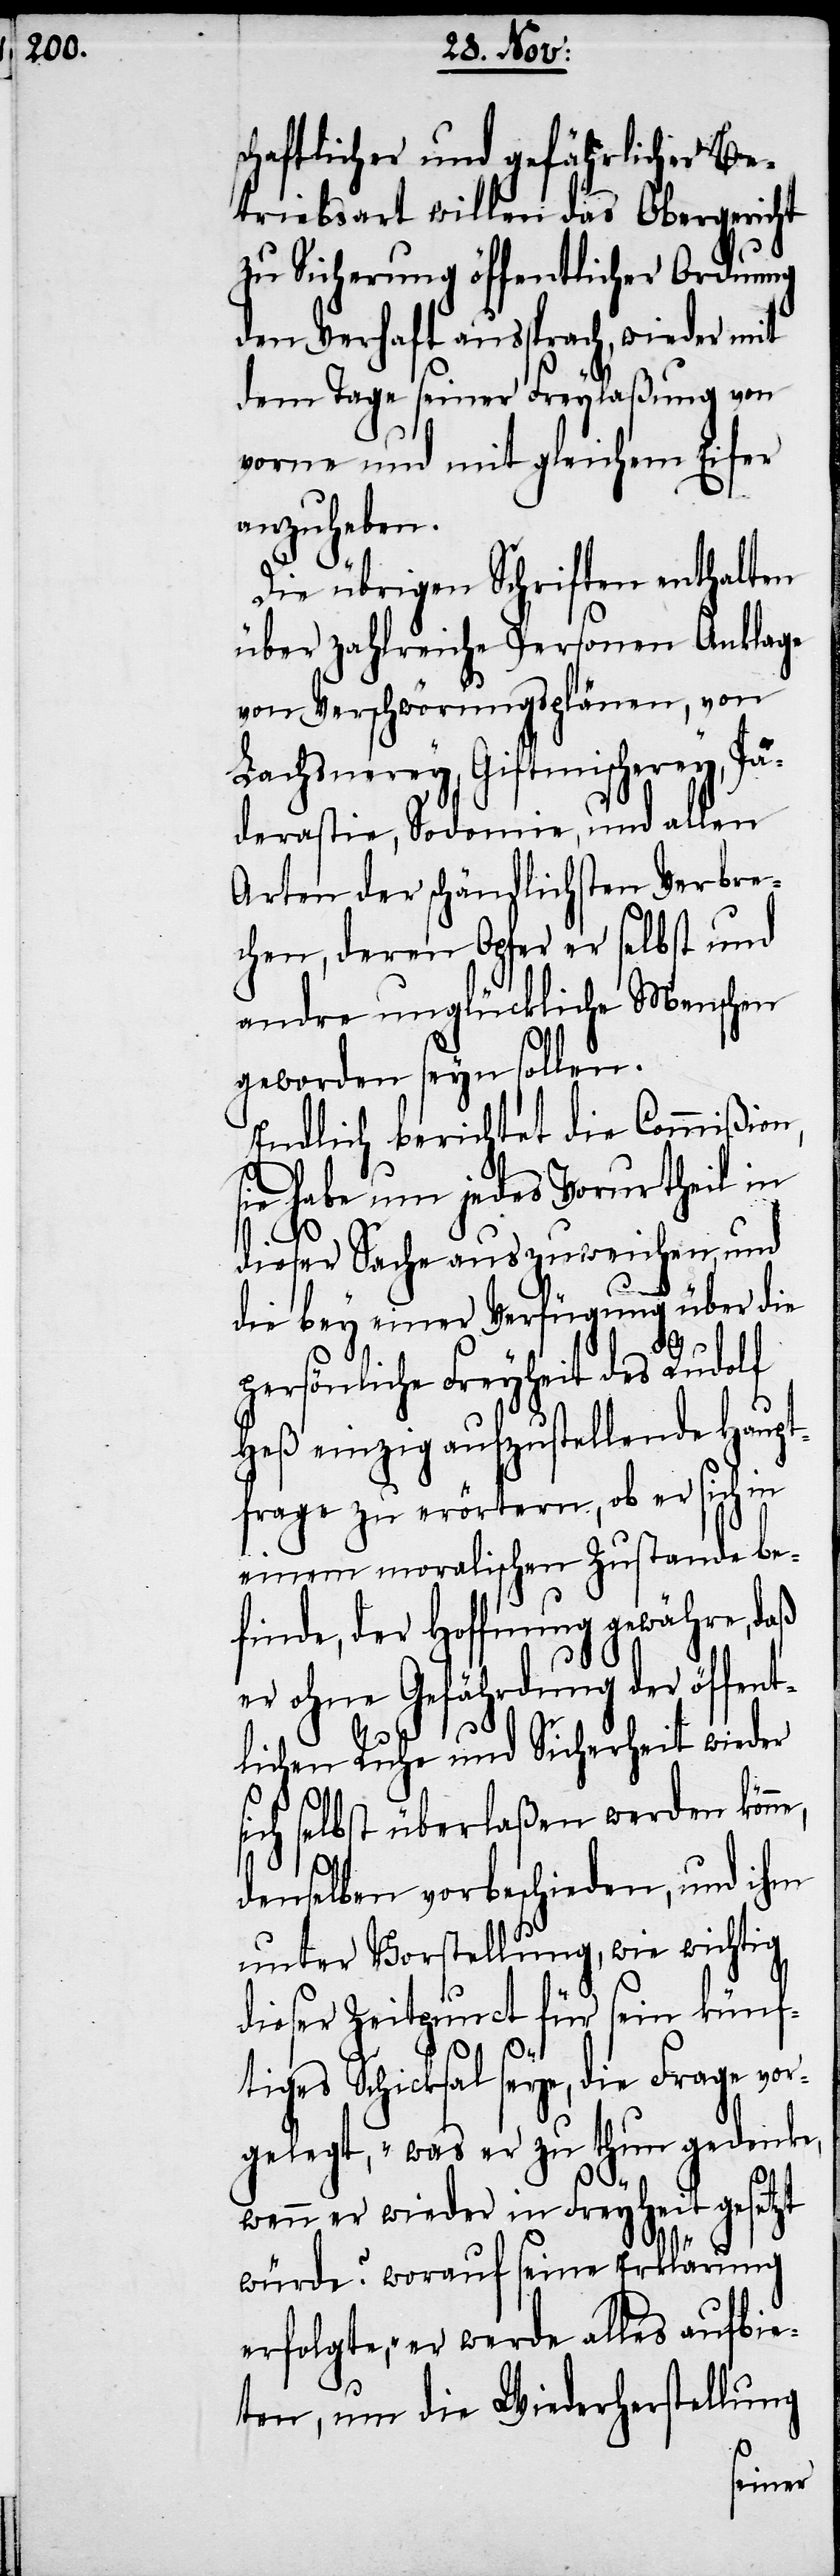
schaftlicher und gefährlicher Be¬
triebsart willen das Obergericht
zu Sicherung öffentlicher Ordnung
den Verhaft aussprach, wieder mit
dem Tage seiner Freylaßung von
vorne und mit gleichem Eifer
anzuheben.
Die übrigen Schriften enthalten
über zahlreiche Personen Anklage
von Verschwörungsplänen, von
Lachsnerey, Giftmischerey, Pä¬
derastie, Sodomie, und allen
Arten der schändlichsten Verbre¬
chen, deren Opfer er selbst und
andre unglückliche Menschen
geworden seyn sollen.
Endlich berichtet die Commißion,
sie habe um jedes Vorurtheil in
dieser Sache auszuweichen, und
die bey einer Verfügung über die
persönliche Freyheit des Rudolf
Heß einzig aufzustellende Haupt¬
frage zu erörtern, ob er sich in
einem moralischen Zustande be¬
finde, der Hoffnung gewähre, daß
er ohne Gefährdung der öffent¬
lichen Ruhe und Sicherheit wieder
sich selbst überlaßen werden könn¬
e,
denselben vorbeschieden, und ihm
unter Vorstellung, wie wichtig
dieser Zeitpunct für sein künf¬
tiges Schicksal seye, die Frage vor¬
gelegt, „was er zu thun gedenke,
wenn er wieder in Freyheit gesetzt
würde?[“] worauf seine Erklärung
erfolgte, „er werde alles aufbie¬
ten, um die Wiederherstellung